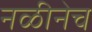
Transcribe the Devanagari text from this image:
नळीनेच